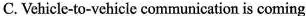
C. Vehicle-to-vehicle communication is coming